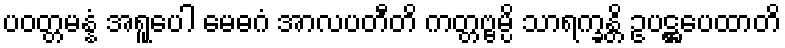
ပဝတ္တမန္နံ အရူပေါ မေဓဂံ အာလပတီတိ ကတ္တဗ္ဗမ္ပိ သာရက္ခန္တိ ဥပဋ္ဌပေထာတိ